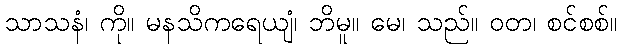
သာသနံ၊ ကို။ မနသိကရေယျံ၊ ဘိမူ။ မေ၊ သည်။ ဝတ၊ စင်စစ်။